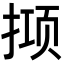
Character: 𫽙